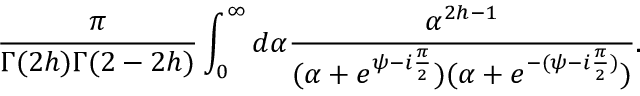
\frac { \pi } { \Gamma ( 2 h ) \Gamma ( 2 - 2 h ) } \int _ { 0 } ^ { \infty } d \alpha \frac { \alpha ^ { 2 h - 1 } } { ( \alpha + e ^ { \psi - i \frac { \pi } { 2 } } ) ( \alpha + e ^ { - ( \psi - i \frac { \pi } { 2 } ) } ) } .